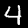
Label: 4